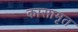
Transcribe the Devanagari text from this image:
कासामृत